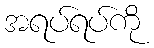
အရပ်ရပ်ကို